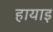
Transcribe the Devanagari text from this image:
हायाइ